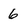
Character: 6